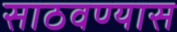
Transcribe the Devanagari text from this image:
साठवण्यास